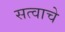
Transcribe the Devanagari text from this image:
सत्वाचे